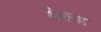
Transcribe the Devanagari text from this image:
डेमन्ड